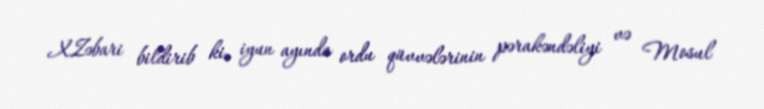
X.Zəbari bildirib ki, iyun ayında ordu qüvvələrinin pərakəndəliyi və Mosul